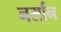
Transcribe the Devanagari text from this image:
नर्सान